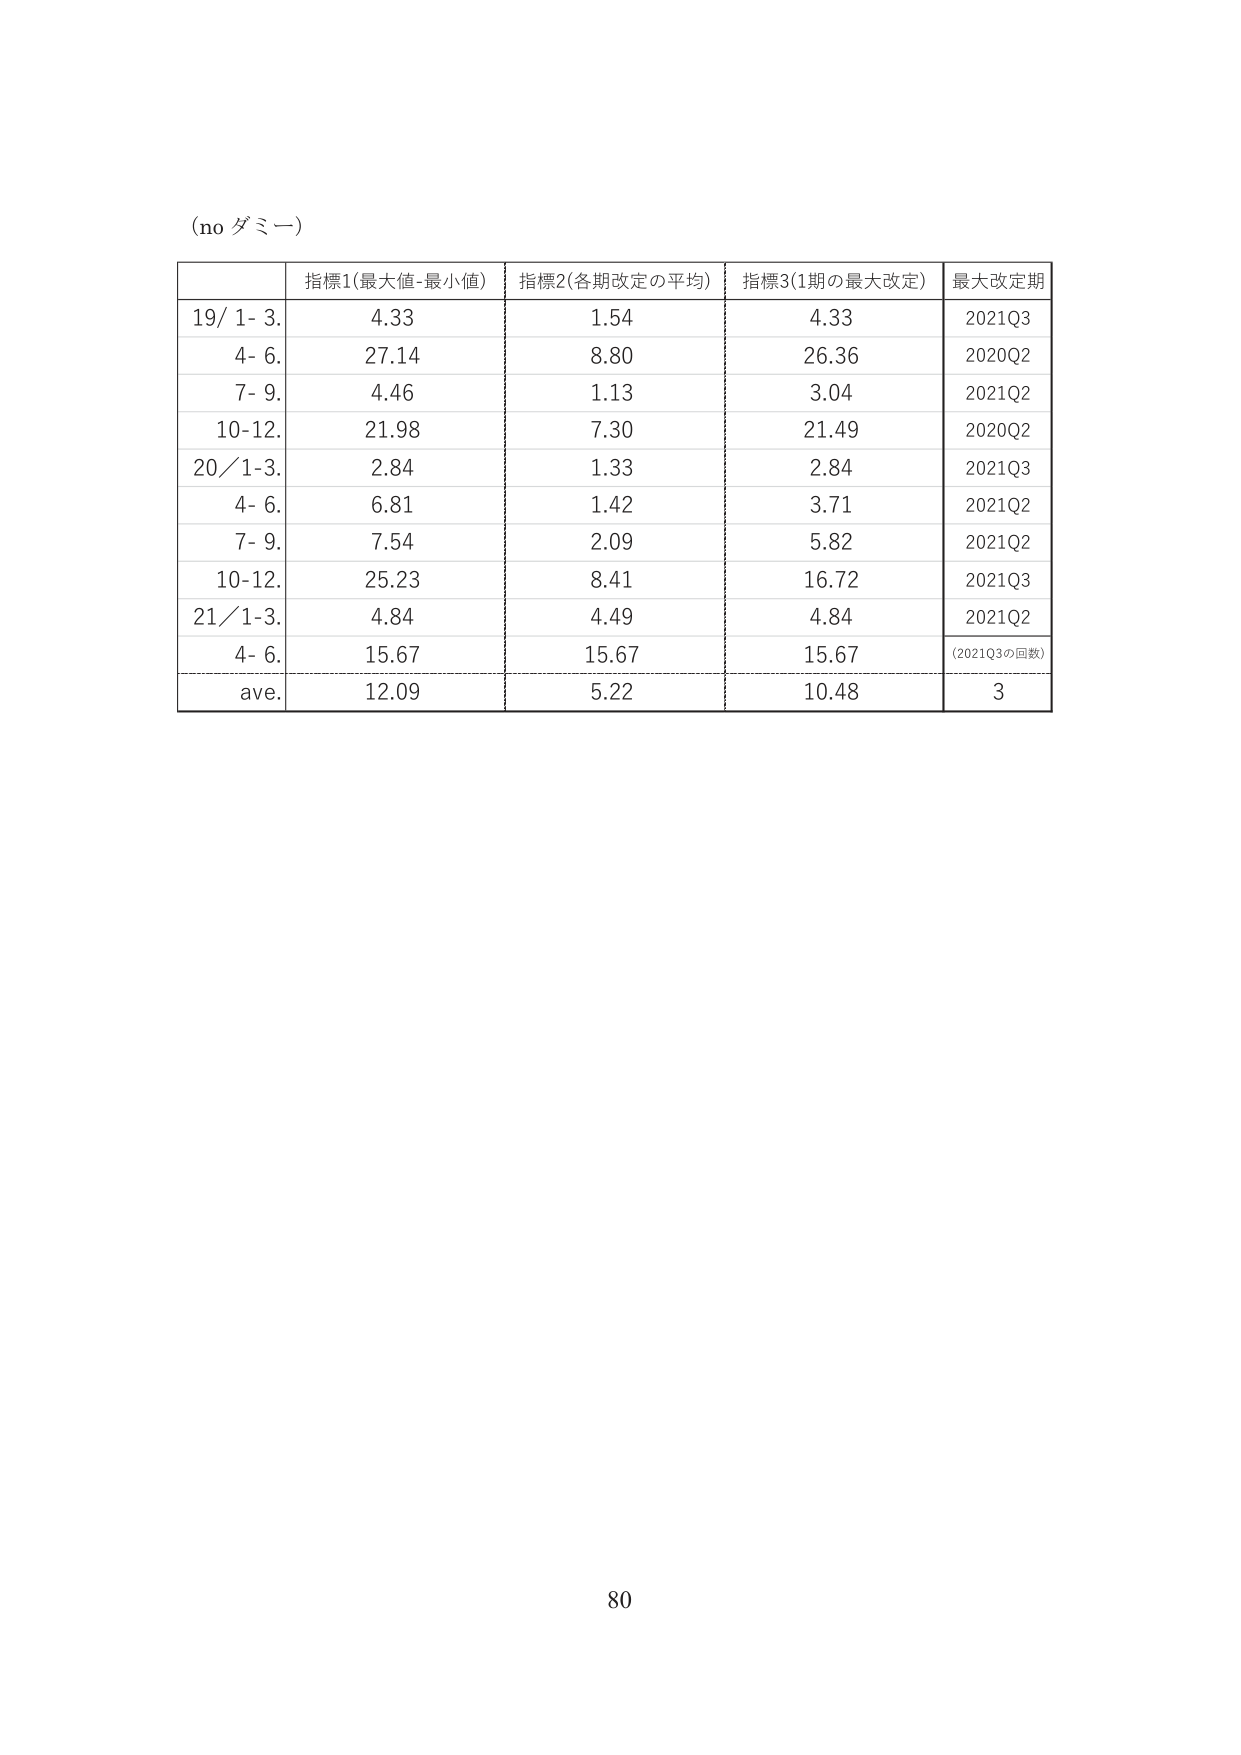
(no ダミー)

指標1(最大値-最小値) 指標2(各期改定の平均) 指標3(1期の最大改定) 最大改定期
19/ 1- 3. 4.33 1.54 4.33 2021Q3
4- 6. 27.14 8.80 26.36 2020Q2
7- 9. 4.46 1.13 3.04 2021Q2
10-12. 21.98 7.30 21.49 2020Q2
20/1-3. 2.84 1.33 2.84 2021Q3
4- 6. 6.81 1.42 3.71 2021Q2
7- 9. 7.54 2.09 5.82 2021Q2
10-12. 25.23 8.41 16.72 2021Q3
21/1-3. 4.84 4.49 4.84 2021Q2
4- 6. 15.67 15.67 15.67 (2021Q3の回数)
ave. 12.09 5.22 10.48 3

80